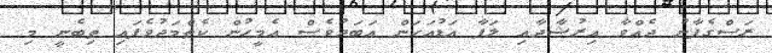
ރަސްގެފާނު ދެއްވާ އިރުޝާދާއި ލަފާ އަޑުއަހަން އަބަދުވެސް އެމީހުން ކެތްމަދުވެފައި ތިބެނީ މި